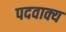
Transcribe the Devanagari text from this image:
पदवाक्य